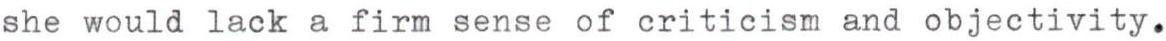
she would lack a firm sense of criticism and objectivity.